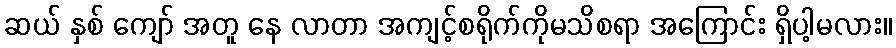
ဆယ် နှစ် ကျော် အတူ နေ လာတာ အကျင့်စရိုက်ကိုမသိစရာ အကြောင်း ရှိပါ့မလား။